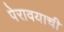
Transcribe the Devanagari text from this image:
पेरावयाची